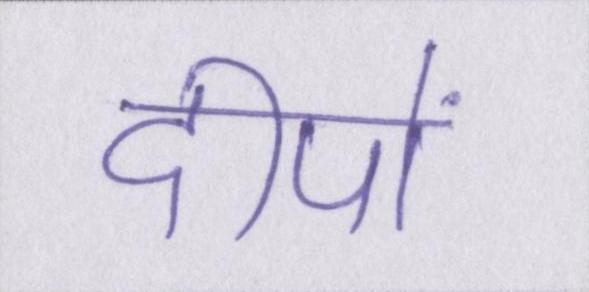
दीपों